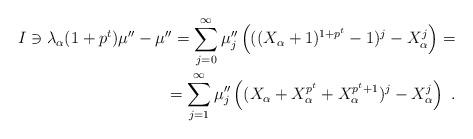
LaTeX: \begin{align*}I\ni\lambda_\alpha(1+p^{t})\mu''-\mu''=\sum_{j=0}^\infty\mu''_j\left(((X_\alpha+1)^{1+p^{t}}-1)^j-X_\alpha^j\right)=\\=\sum_{j=1}^\infty\mu''_j\left((X_\alpha+X_\alpha^{p^{t}}+X_\alpha^{p^{t}+1})^j-X_\alpha^j\right)\ .\end{align*}